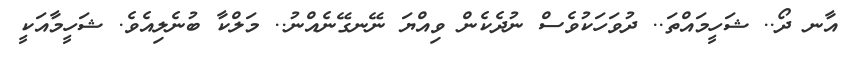
އާނ ދޯ.. ޝަހީމައްތަ.. ދުވަހަކުވެސް ނުދެކެން ވިއްޔަ ނޭނގޭނެއްނު.. މަލްކާ ބުނެލިއެވެ. ޝަހީމާއަކީ